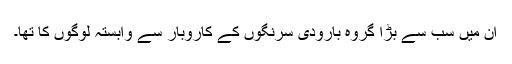
ان میں سب سے بڑا گروہ بارودی سرنگوں کے کاروبار سے وابستہ لوگوں کا تھا۔